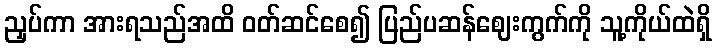
ညှပ်ကာ အားရသည်အထိ ဝတ်ဆင်စေ၍ ပြည်ပဆန်ဈေးကွက်ကို သူ့ကိုယ်ထဲရှိ